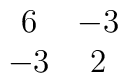
\begin{array}{cc}6&-3\\-3&2\end{array}